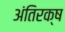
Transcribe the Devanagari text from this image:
अंतिरक्ष